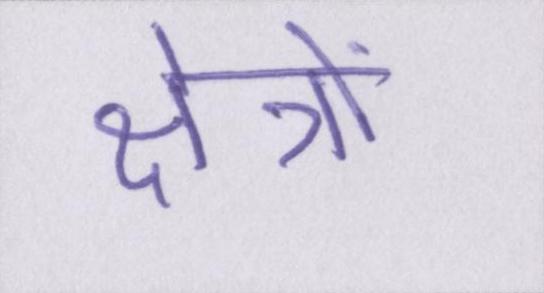
क्षेत्रों